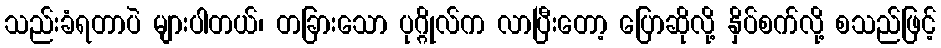
သည်းခံရတာပဲ များပါတယ်၊ တခြားသော ပုဂ္ဂိုလ်က လာပြီးတော့ ပြောဆိုလို့ နှိပ်စက်လို့ စသည်ဖြင့်